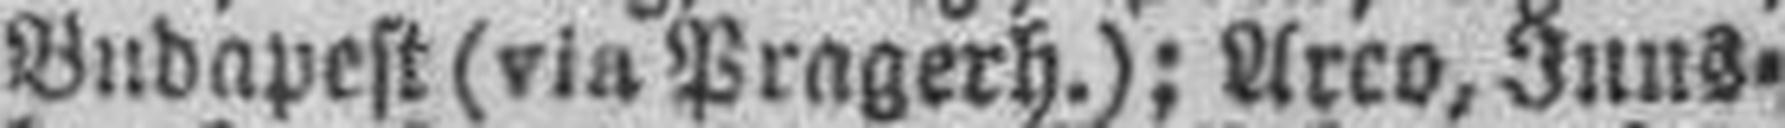
Budapest (via Pragerh.); Arco, Inns¬